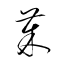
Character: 茱